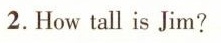
2. How tall is Jim?